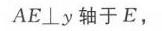
$AE\perp y\text{ 轴于 }E,$